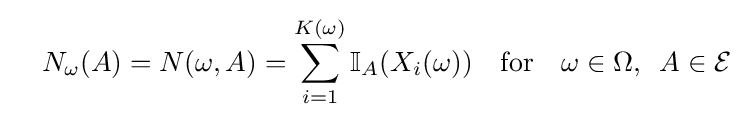
\quad N_{\omega }(A)=N(\omega ,A)=\sum _{i=1}^{K(\omega )}\mathbb {I} _{A}(X_{i}(\omega ))\quad {\text{for}}\quad \omega \in \Omega ,\,\,\,A\in {\mathcal {E}}